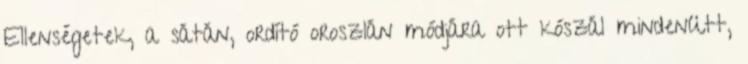
Ellenségetek, a sátán, ordító oroszlán módjára ott kószál mindenütt,